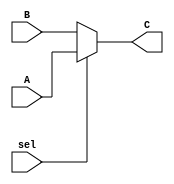
module mux21(C, sel, A, B);
	parameter N = 32;
	input sel;
	input [N-1:0] A, B;
	output wire[N-1:0] C;
	assign C = sel ? A : B;
endmodule